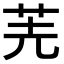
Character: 𠒌